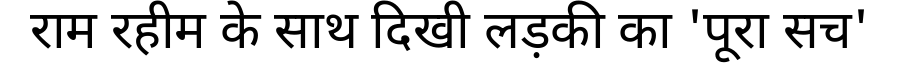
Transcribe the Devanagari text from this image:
राम रहीम के साथ दिखी लड़की का 'पूरा सच'